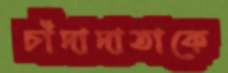
চাঁদাদাতাকে